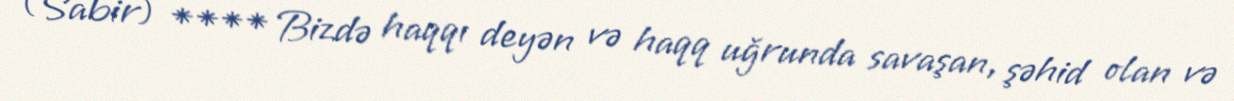
(Sabir) **** Bizdə haqqı deyən və haqq uğrunda savaşan, şəhid olan və